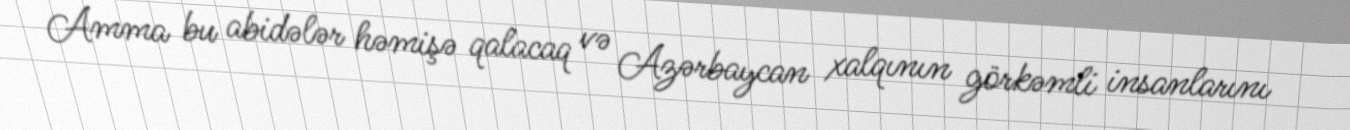
Amma bu abidələr həmişə qalacaq və Azərbaycan xalqının görkəmli insanlarını